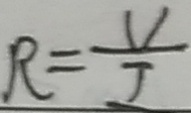
R = \frac { U } { I }